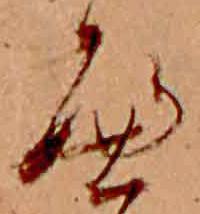
へ